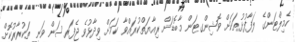
ހެމިލްޓަންގެ ލަފާފުޅުތަކަށް ވޮޝިންގޓަން މާބޮޑަށް ރިއާޔަތްކުރައްވާ ކަމަށް ވިދާޅުވެ ޖެފަރސަން ވަނީ ތަކުރާރުކޮށް